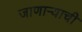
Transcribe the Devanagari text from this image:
जाणार्‍याची